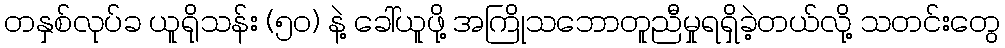
တနှစ်လုပ်ခ ယူရိုသန်း (၅၀) နဲ့ ခေါ်ယူဖို့ အကြိုသဘောတူညီမှုရရှိခဲ့တယ်လို့ သတင်းတွေ